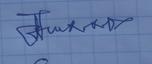
Signature authenticity: genuine